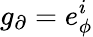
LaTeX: g_{\partial}=e_{\phi}^{i}